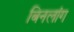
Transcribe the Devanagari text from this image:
बिनलांग